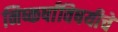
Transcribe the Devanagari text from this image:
निष्कर्षांविषयीचे